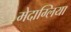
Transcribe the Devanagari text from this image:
मेदाग्लिया